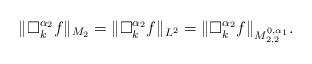
LaTeX: \begin{align*}\|\Box_k^{\alpha_2}f\|_{M_2}=\|\Box_k^{\alpha_2}f\|_{L^2}=\|\Box_k^{\alpha_2}f\|_{M_{2,2}^{0,\alpha_1}}.\end{align*}